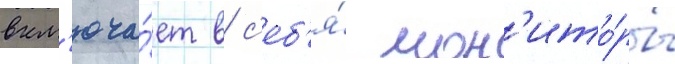
вкл'юча́ет в с'еб'я́ мон'ито́ры